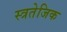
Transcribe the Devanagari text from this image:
स्त्रतेजिक